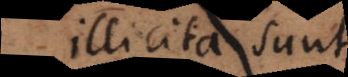
illicita sunt.